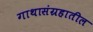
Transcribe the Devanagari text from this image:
गाथासंग्रहातील